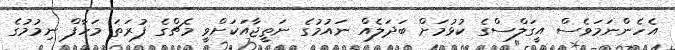
އެހެންނަމަވެސް އީގަލްސްގެ ކުޅުމަށް ބަދަލެއް ނައުމުގެ ނަތީޖާއަކަށްވީ މެޗްގެ ފުރަތަ މަހާފް ނިމުމުގެ